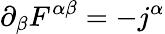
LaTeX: \partial_{\beta}F^{\alpha\beta}=-j^{\alpha}